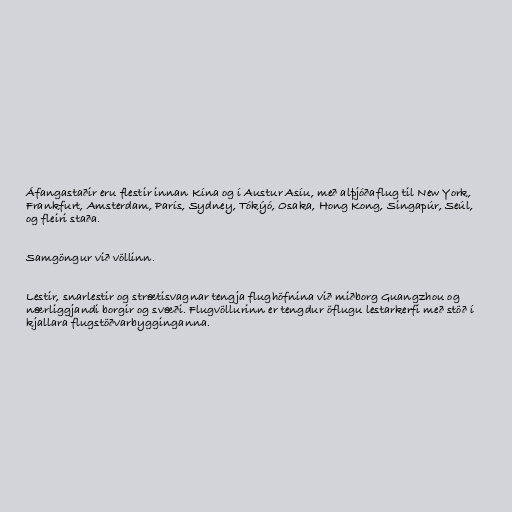
Áfangastaðir eru flestir innan Kína og í Austur Asíu, með alþjóðaflug til New York,
Frankfurt, Amsterdam, París, Sydney, Tókýó, Osaka, Hong Kong, Singapúr, Seúl,
og fleiri staða.

Samgöngur við völlinn.

Lestir, snarlestir og strætisvagnar tengja flughöfnina við miðborg Guangzhou og
nærliggjandi borgir og svæði. Flugvöllurinn er tengdur öflugu lestarkerfi með stöð í
kjallara flugstöðvarbygginganna.